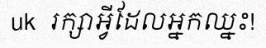
uk  រក្សាអ្វីដែលអ្នកឈ្នះ!